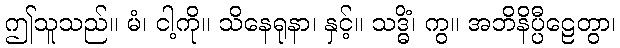
ဤသူသည်။ မံ၊ ငါ့ကို။ သိနေရုနာ၊ နှင့်။ သဒ္ဓိံ၊ ကွ။ အဘိနိပ္ပီဠေတွာ၊